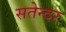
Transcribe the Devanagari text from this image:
सतेन्दर